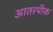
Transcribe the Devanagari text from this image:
आतरपीक